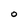
Character: O